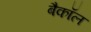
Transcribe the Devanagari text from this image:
बैकॉल